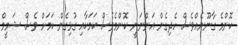
ކޮންމެ ގާނޫނެއްވެސް ހެދިގެން އަންނަނީ ކޮންމެވެސް ކަމަކާއި ގުޅިގެން ކަމަށް ވެސް ޝަމީމް